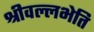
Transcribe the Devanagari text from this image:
श्रीवल्लभेति